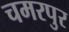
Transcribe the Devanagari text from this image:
चमरपुर